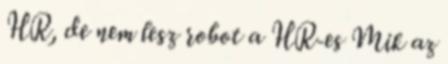
HR, de nem lesz robot a HR-es Mik az